Madras plague regulations and rules for the city of Madras
Disease focus: Plague
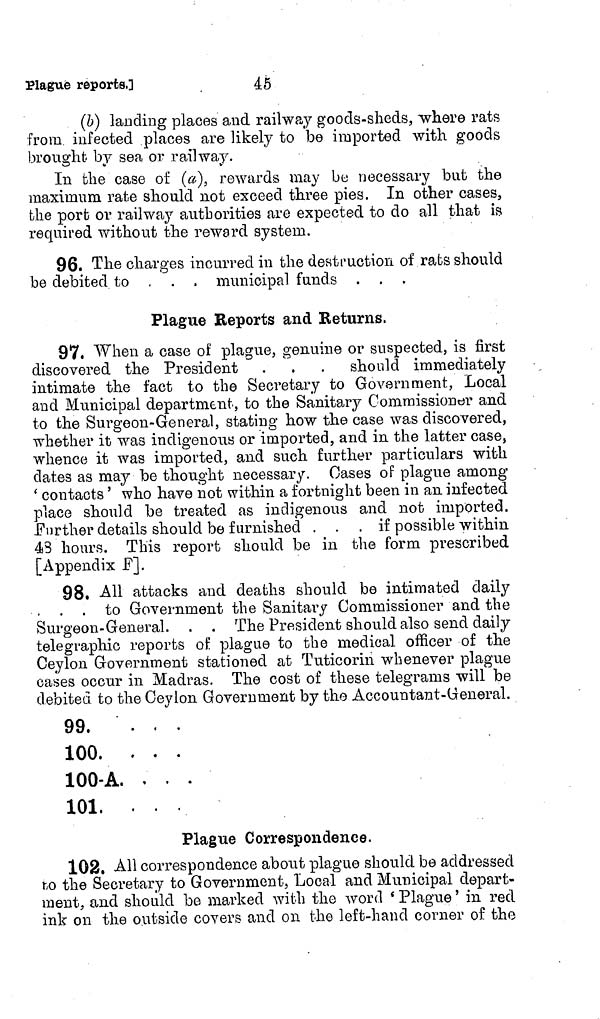
Plague reports.]
45
(b) landing places and railway goods-sheds, where rats
from infected places are likely to be imported with goods
brought by sea or railway.
In the case of (a), rewards may be necessary but the
maximum rate should not exceed three pies. In other cases,
the port or railway authorities are expected to do all that is
required without the reward system.
96. The charges incurred in the destruction of rats should
be debited to . . . municipal funds .
Plague Reports and Returns,
97. When a case of plague, genuine or suspected, is first
discovered the President . . . should immediately
intimate the fact to the Secretary to Government, Local
and Municipal department, to the Sanitary Commissioner and
to the Surgeon-General, stating how the case was discovered,
whether it was indigenous or imported, and in the latter case,
whence it was imported, and such further particulars with
dates as may be thought necessary. Oases of plague among
' contacts ' who have not within a fortnight been in an infected
place should be treated as indigenous and not imported.
Further details should be furnished . . . if possible within
43 hours. This report should be in the form prescribed
[Appendix F].
98. All attacks and deaths should be intimated daily
to Government the Sanitary Commissioner and the
Surgeon-General. . . The President should also send daily
telegraphic reports of plague to the medical officer of the
Ceylon Government stationed at Tuticorin whenever plague
cases occur in Madras. The cost of these telegrams will be
debited to the Ceylon Government by the Accountant-General.
99. ...
100. . . .
100-A. . . .
101. . . .
Plague Correspondence.
102. All correspondence about plague should be addressed
to the Secretary to Government, Local and Municipal depart-
ment, and should be marked with the word ' Plague ' in red
ink on the outside covers and on the left-hand corner of the